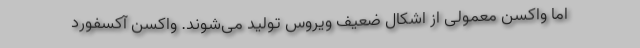
اما واکسن معمولی از اَشکال ضعیف ویروس تولید می‌شوند. واکسن آکسفورد